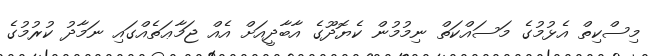
މިސްކިތް އެޅުމުގެ މަސައްކަތް ނިމުމުން ކެޔޮދޫގެ އާބާދީއަށް އެއް ޖަމާޢަތެއްގައި ނަމާދު ކުރުމުގެ